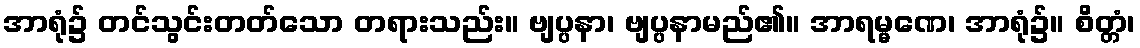
အာရုံ၌ တင်သွင်းတတ်သော တရားသည်း။ ဗျပ္ပနာ၊ ဗျပ္ပနာမည်၏။ အာရမ္မဏေ၊ အာရုံ၌။ စိတ္တံ၊